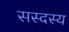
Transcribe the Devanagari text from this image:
सस्दस्य